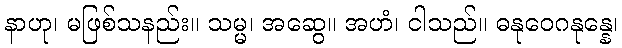
နာဟု၊ မဖြစ်သနည်း။ သမ္မ၊ အဆွေ။ အဟံ၊ ငါသည်။ ဓနုဝေဂနုန္နေ၊